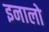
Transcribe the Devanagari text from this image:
इनालो